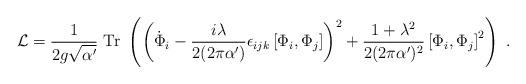
LaTeX: \begin{align*}{\cal L} = {1\over 2 g \sqrt{\alpha'}} ~{\rm Tr}~\left(\left({\dot \Phi}_i -{i \lambda\over 2(2\pi\alpha^\prime)} \epsilon_{ijk} \left[\Phi_i,\Phi_j\right]\right)^2 +{1+\lambda^2\over 2 (2\pi\alpha')^2}\left[ \Phi_i,\Phi_j \right]^2 \right)~.\end{align*}